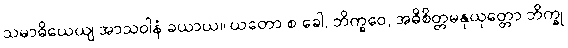
သမာဓိယေယျ အာသဝါနံ ခယာယ။ ယတော စ ခေါ, ဘိက္ခဝေ, အဓိစိတ္တမနုယုတ္တော ဘိက္ခု